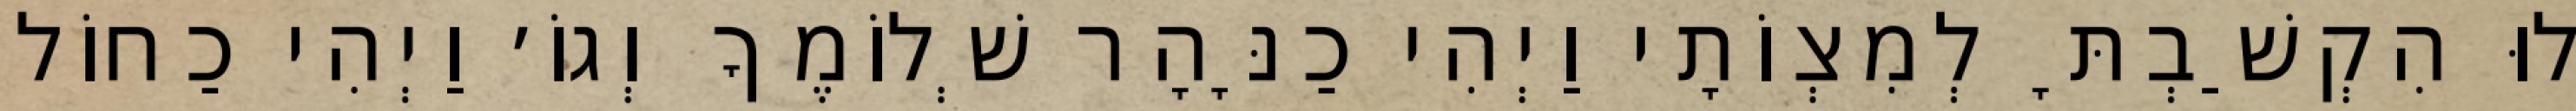
לוּ הִקְשַׁבְתָּ לְמִצְוֹתָי וַיְהִי כַנָּהָר שְׁלוֹמֶךָ וְגוֹ׳ וַיְהִי כַחוֹל